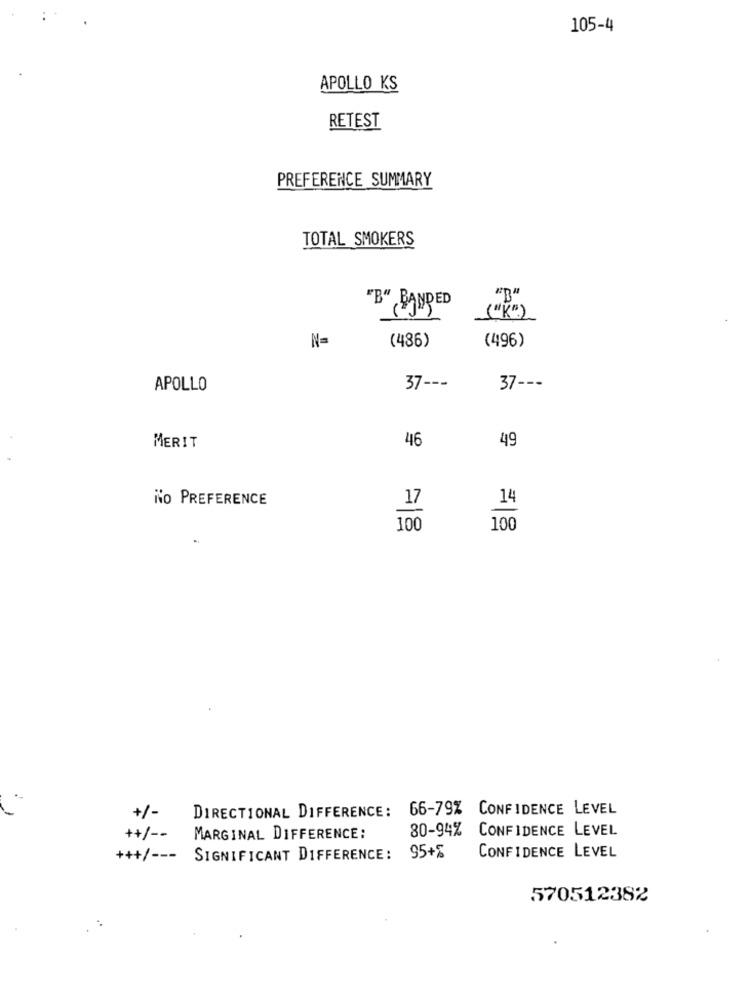
105-4
APOLLO KS
RETEST
PREFERENCE SUMMARY
TOTAL SMOKERS
"B" BANDED (TR"
N=
(496)
(486)
APOLLO
37 ---
37 ---
46
49
MERIT
No PREFERENCE
14
17
100
100
66-79% CONFIDENCE LEVEL
+/-
DIRECTIONAL DIFFERENCE:
80-94%
CONFIDENCE LEVEL
++/ --
MARGINAL DIFFERENCE:
+++/ ---
SIGNIFICANT DIFFERENCE: 95+%
CONFIDENCE LEVEL
570512382